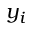
y _ { i }